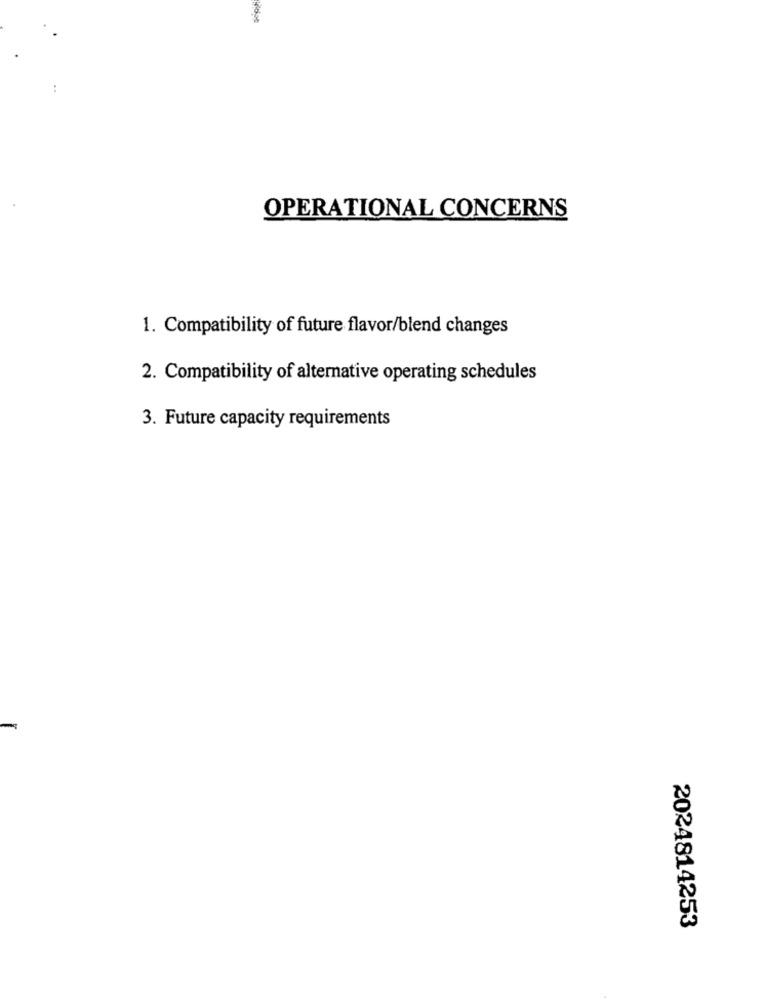
OPERATIONAL CONCERNS
1. Compatibility of future flavor/blend changes
2. Compatibility of alternative operating schedules
3. Future capacity requirements
2024814253